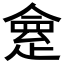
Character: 𠍺